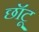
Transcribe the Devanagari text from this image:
छॉटू